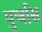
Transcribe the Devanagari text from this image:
पुर्चास